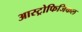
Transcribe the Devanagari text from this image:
आस्ट्रोफिजिकल